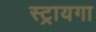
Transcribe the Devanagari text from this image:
स्ट्रायगा